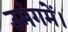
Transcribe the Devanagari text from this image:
उमंगमें।